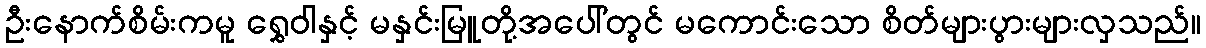
ဦးနောက်စိမ်းကမူ ရွှေဝါနှင့် မနှင်းမြူတို့အပေါ်တွင် မကောင်းသော စိတ်များပွားများလှသည်။